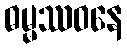
ဓမ္မဿဝနေ